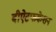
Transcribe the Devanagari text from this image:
बीऐटफकेशन